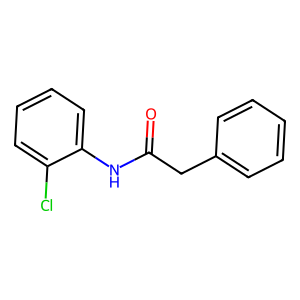
SMILES: O=C(Cc1ccccc1)Nc1ccccc1Cl
Inhibits HIV replication: No